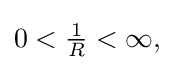
{\textstyle 0<{\tfrac {1}{R}}<\infty ,}